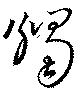
燭